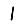
Digit: 1